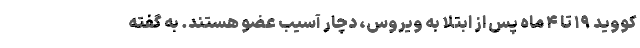
کووید ۱۹ تا ۴ ماه پس از ابتلا به ویروس، دچار آسیب عضو هستند. به گفته